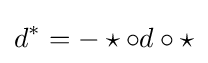
d^{*}=-\star \circ d\circ \star